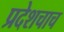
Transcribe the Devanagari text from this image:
प्रदेशचाच